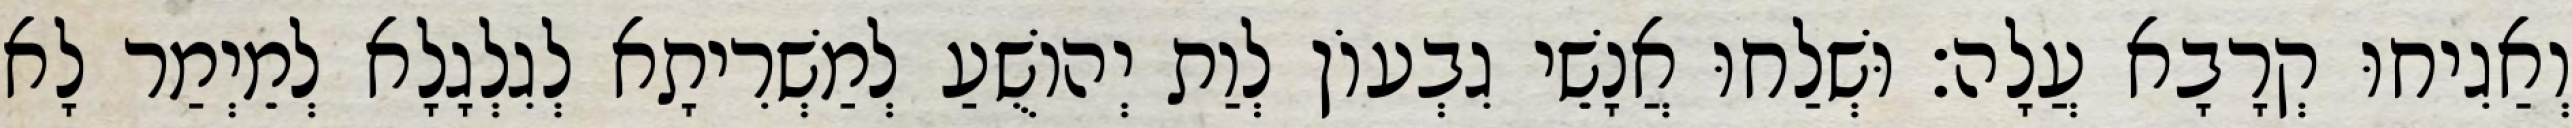
וְאַגִיחוּ קְרָבָא עֲלָה׃ וּשְׁלַחוּ אֲנָשֵׁי גִבְעוֹן לְוַת יְהוֹשֻׁעַ לְמַשְׁרִיתָא לְגִלְגָלָא לְמֵיְמַר לָא